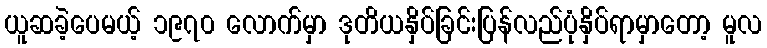
ယူဆခဲ့ပေမယ့် ၁၉၇၀ လောက်မှာ ဒုတိယနှိပ်ခြင်းပြန်လည်ပုံနှိပ်ရာမှာတော့ မူလ